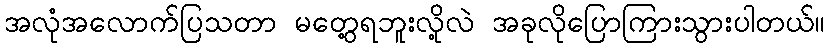
အလုံအလောက်ပြသတာ မတွေ့ရဘူးလို့လဲ အခုလိုပြောကြားသွားပါတယ်။